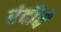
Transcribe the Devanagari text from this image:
रंदीवे